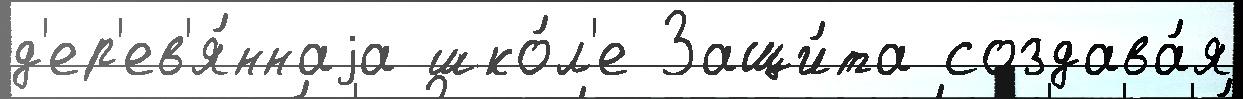
д'ер'ев'я́ннаjа шко́л'е Защи́та создава́я